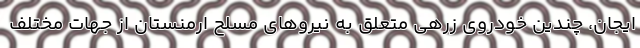
ایجان، چندین خودروی زرهی متعلق به نیروهای مسلح ارمنستان از جهات مختلف